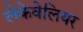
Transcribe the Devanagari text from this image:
लेकेवेलियर